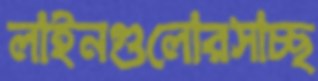
লাইনগুলোরসাচ্ছ